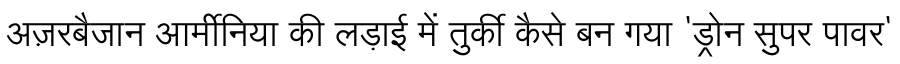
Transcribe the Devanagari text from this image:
अज़रबैजान आर्मीनिया की लड़ाई में तुर्की कैसे बन गया 'ड्रोन सुपर पावर'